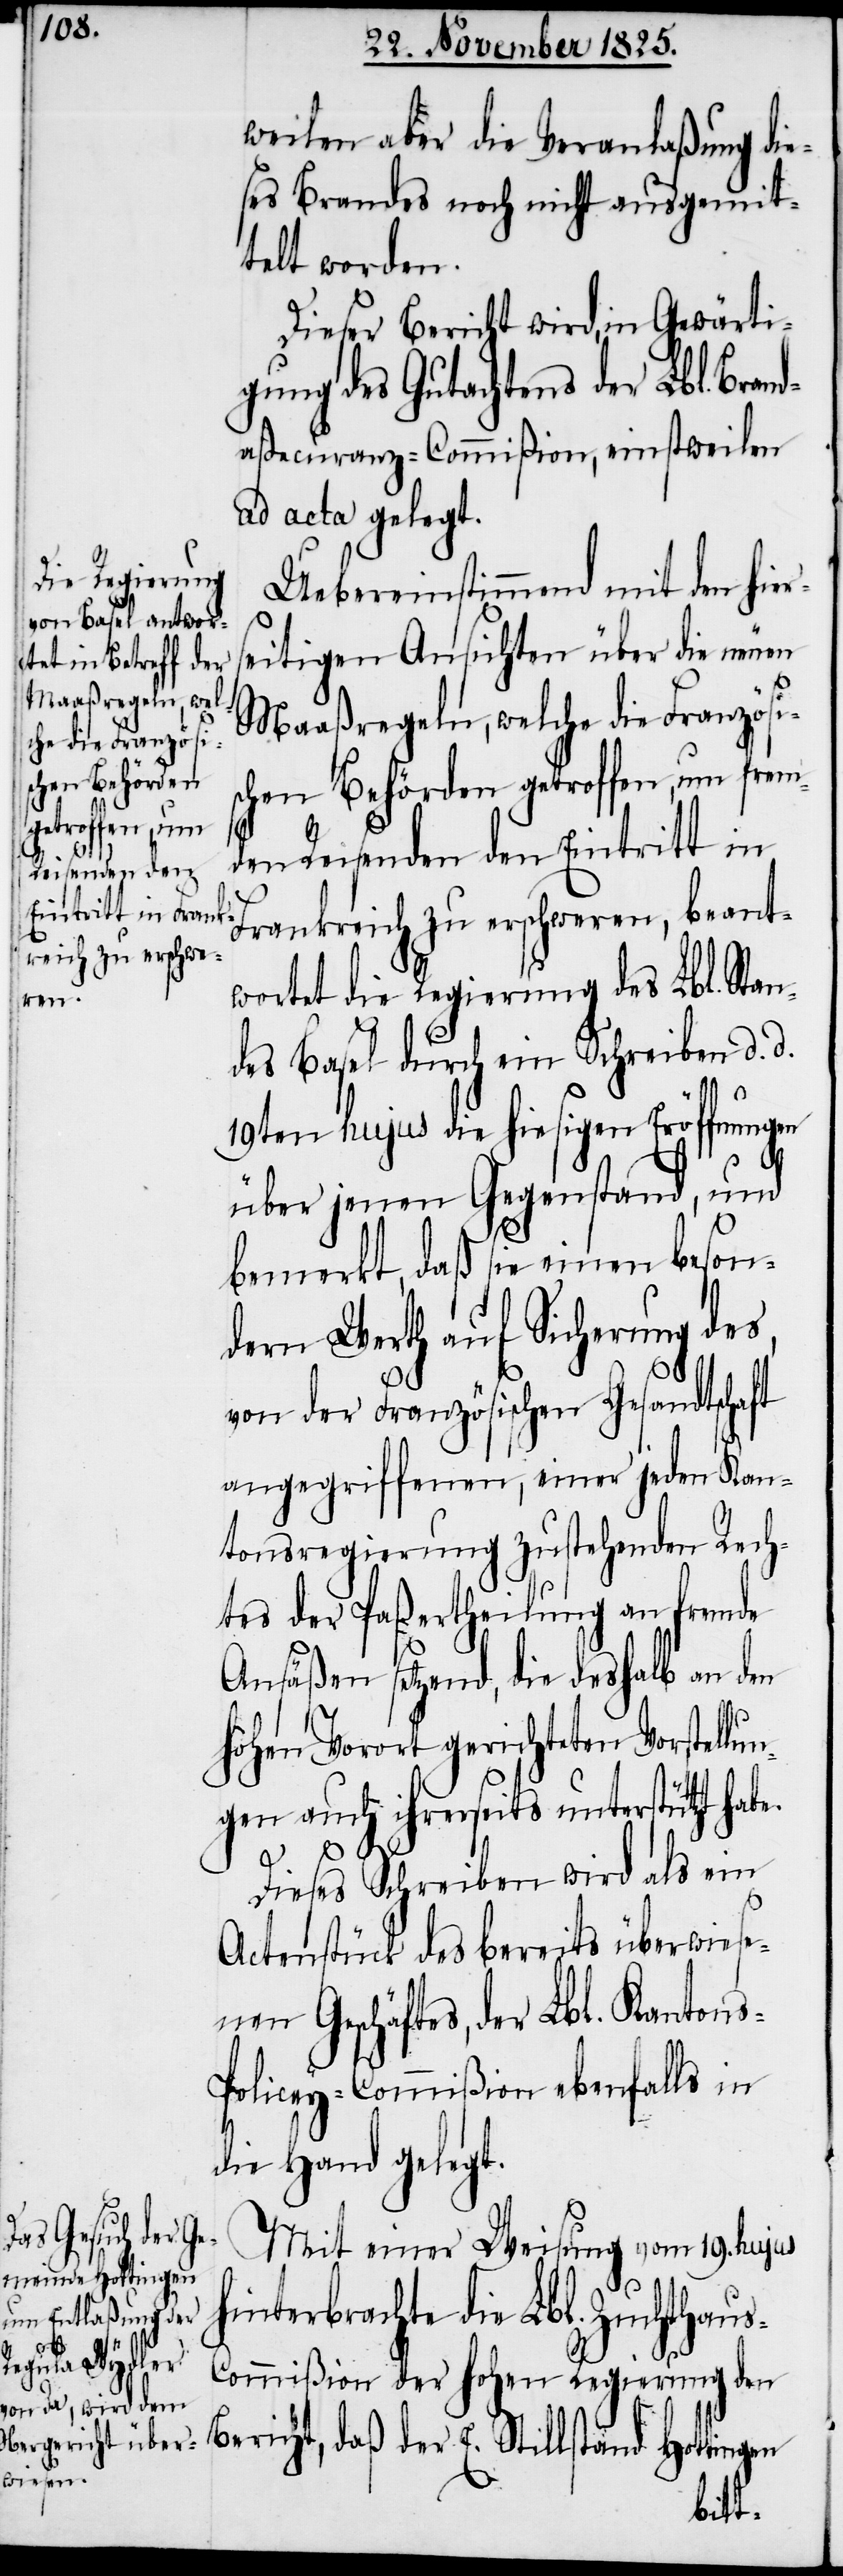
weilen aber die Veranlaßung die¬
ses Brandes noch nicht ausgemit¬
telt worden.
Dieser Bericht wird, in Gewärti¬
gung des Gutachtens der Lbl. Brand¬
aßecuranz-Commißion, einstweilen
ad acta gelegt.
Uebereinstimmend mit den hier¬
seitigen Ansichten über die neuen
Maaßregeln, welche die Französi¬
schen Behörden getroffen, um frem¬
s-P¬
den Reisenden den Eintritt in
Frankreich zu erschweren, beant¬
wortet die Regierung des Lbl. Stan¬
des Basel durch ein Schreiben d. d.
19ten hujus die hiesigen Eröffnungen
über jenen Gegenstand, und
bemerkt, daß sie einen beson¬
dern Werth auf Sicherung des,
von der Französischen Gesandtschaft
angegriffenen, einer jeden Kan¬
tonsregierung zustehenden Rech¬
tes der Paßertheilung an fremde
Ansäßen setzend, die deshalb an den
hohen Vorort gerichteten Vorstell¬
gen auch ihrerseits unterstützt habe.
Dieses Schreiben wird als ein
Actenstück des bereits überwiese¬
nen Geschäftes, der Lbl. Kanton¬
olicey-Commißion ebenfalls in
die Hand gelegt.
Mit einer Weisung vom 19. hujus
hinterbrachte die Lbl. Zuchthau¬
s-Commißion der hohen Regierung den
Bericht, daß der E. Stillstand Hottingen